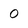
Character: 0